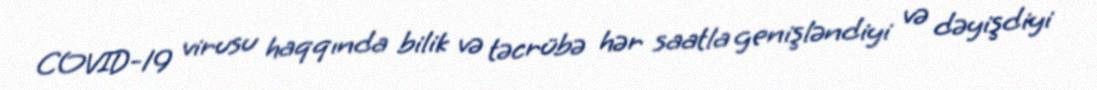
COVID-19 virusu haqqında bilik və təcrübə hər saatla genişləndiyi və dəyişdiyi